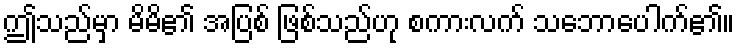
ဤသည်မှာ မိမိ၏ အပြစ် ဖြစ်သည်ဟု စကားလက် သဘောပေါက်၏။